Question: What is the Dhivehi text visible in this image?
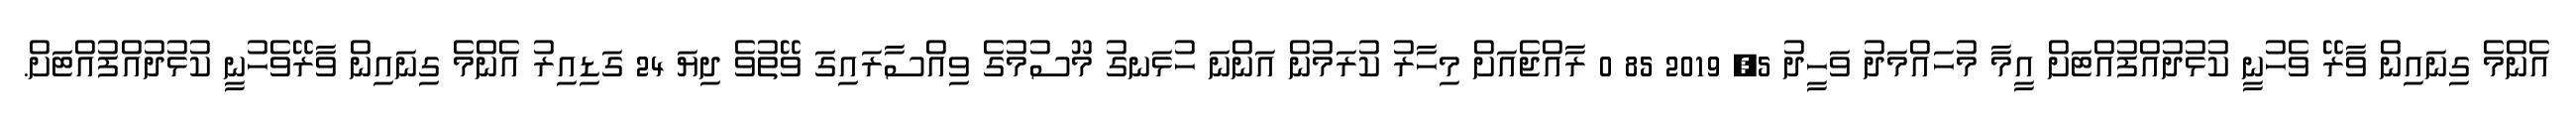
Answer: އެންމެ ގިނައިން ވާރޭ ވެހުނީ ކުޅުދުއްފުއްޓަށް އީމާ މުހައްމަދު ވަހީދު 5, 2019 85 0 ރާއްޖެއަށް މިހާރު ކުރަމުން އަންނަ ހުޅަނގު މޫސުމުގެ ވިއްސާރައިގަ ވޭތުވެ ދިޔަ 24 ގަޑިއިރު އެންމެ ގިނައިން ވާރޭވެހުނީ ކުޅުދުއްފުއްޓަށް.